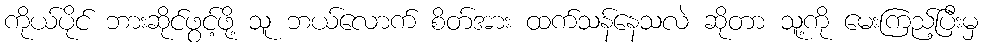
ကိုယ်ပိုင် ဘားဆိုင်ဖွင့်ဖို့ သူ ဘယ်လောက် စိတ်အား ထက်သန်နေသလဲ ဆိုတာ သူ့ကို မေးကြည့်ပြီးမှ